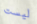
ليست